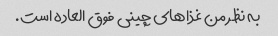
به نظر من غذاهای چینی فوق العاده است.